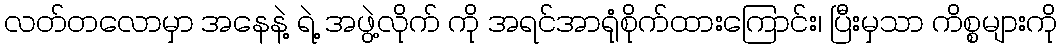
လတ်တလောမှာ အနေနဲ့ ရဲ့ အဖွဲ့လိုက် ကို အရင်အာရုံစိုက်ထားကြောင်း၊ ပြီးမှသာ ကိစ္စများကို